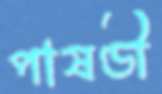
পাষণ্ডী